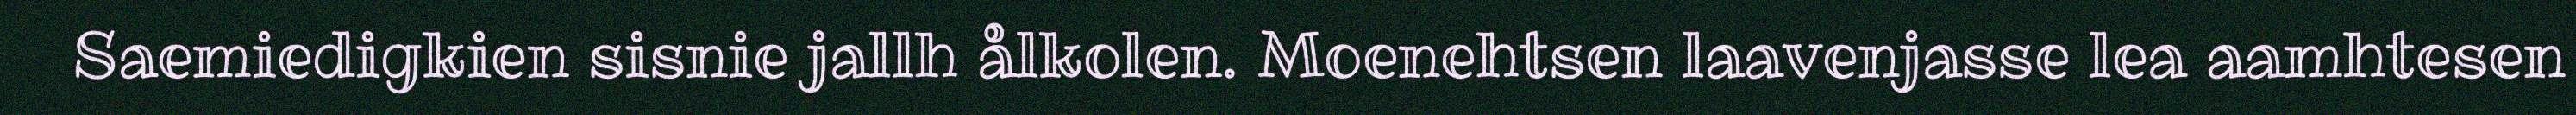
Saemiedigkien sisnie jallh ålkolen. Moenehtsen laavenjasse lea aamhtesen